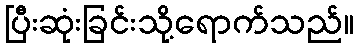
ပြီးဆုံးခြင်းသို့ရောက်သည်။